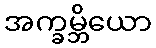
အက္ခမ္ဘိယော